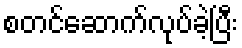
စတင်ဆောက်လုပ်ခဲ့ပြီး